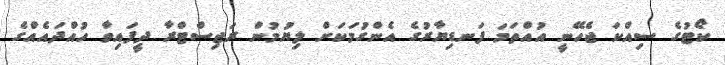
ކޯޓުގެ ސިއްކަ ޖެހޭނީ އުއްތަމަ ފަނޑިޔާރުގެ އެންގުމަކަށް ލިޔުމުން ރަޖިސްޓްރާ ދީފައިވާ ހުއްދައެއްގެ